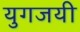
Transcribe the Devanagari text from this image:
युगजयी